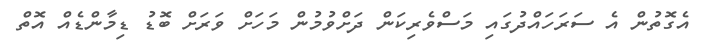
އެގޮތުން އެ ސަރަހައްދުގައި މަސްވެރިކަން ދަށްވުމުން މަހަށް ވަރަށް ބޮޑު ޑިމާންޑެއް އޮތް